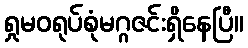
ရှုမဝရုပ်စုံမဂ္ဂဇင်းရှိနေပြီ။